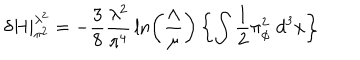
\delta H | _ { \pi ^ { 2 } } ^ { \lambda ^ { 2 } } = - { \frac { 3 } { 8 } } { \frac { \lambda ^ { 2 } } { \pi ^ { 4 } } } \ln \left( { \frac { \Lambda } { \mu } } \right) \left\{ \int { \frac { 1 } { 2 } } \pi _ { \phi } ^ { 2 } \; d ^ { 3 } x \right\}